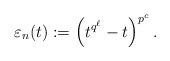
LaTeX: \begin{align*}\varepsilon_n(t):=\left(t^{q^\ell}-t \right)^{p^c}.\end{align*}